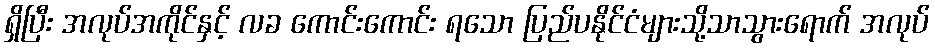
ရှိပြီး အလုပ်အကိုင်နှင့် လခ ကောင်းကောင်း ရသော ပြည်ပနိုင်ငံများသို့သာသွားရောက် အလုပ်